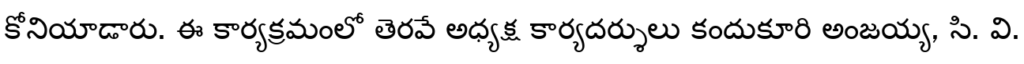
కోనియాడారు. ఈ కార్యక్రమంలో తెరవే అధ్యక్ష కార్యదర్శులు కందుకూరి అంజయ్య, సి. వి.